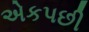
એકપછી